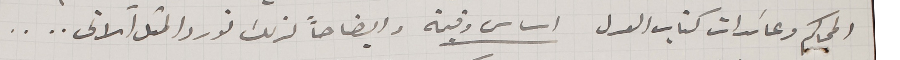
المحاكم وعائدات كتاب العدل اساس وقيمة وايضاحاً لذلك نورد المثل الاتى....